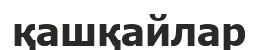
қашқайлар